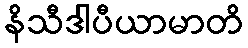
နိသီဒါပီယာမာတိ